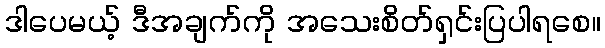
ဒါပေမယ့် ဒီအချက်ကို အသေးစိတ်ရှင်းပြပါရစေ။